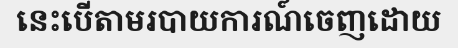
នេះបើតាមរបាយការណ៍ចេញដោយ